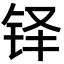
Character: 铎